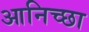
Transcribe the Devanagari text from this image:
आनिच्छा